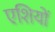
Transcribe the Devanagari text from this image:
एशियों